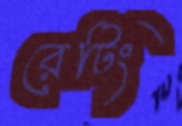
রেটিং